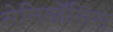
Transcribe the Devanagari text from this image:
सेमिऑसिस